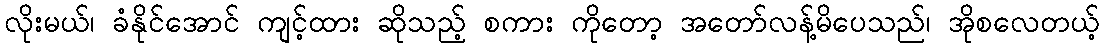
လိုးမယ်၊ ခံနိုင်အောင် ကျင့်ထား ဆိုသည့် စကား ကိုတော့ အတော်လန့်မိပေသည်၊ အိုစလေတယ့်